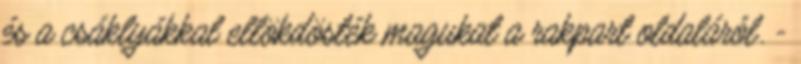
és a csáklyákkal ellökdösték magukat a rakpart oldaláról. -